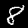
Label: 8